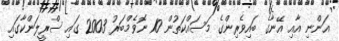
އަންނި އާއި އޭނާގެ ބައިވެރިންގެ މަސައްކަތުން 10 ނޮވެމްބަރު 2003 ގައި ސްރީލަންކާގައި